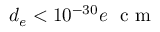
d _ { e } < 1 0 ^ { - 3 0 } e ~ \mathrm { ~ c ~ m ~ }